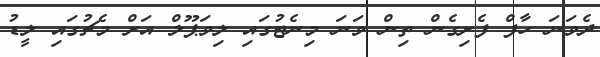
ދެވަނަ ހާފް ފެށިގެން ތިން ވަނަ މިނެޓުގައި ލިވަޕޫލް އަށް މެޗުގައި ލީޑު